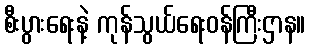
စီးပွားရေးနဲ့ ကုန်သွယ်ရေးဝန်ကြီးဌာန။